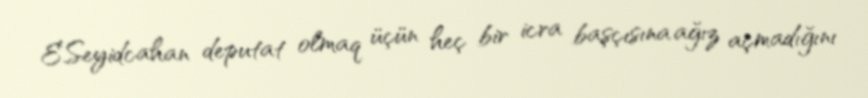
E.Seyidcahan deputat olmaq üçün heç bir icra başçısına ağız açmadığını